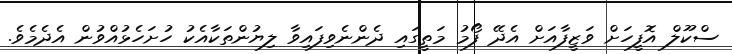
ސްކޫލް އޮފީހަށް ވަޒީފާއަށް އެދޭ ފޯމު މަތީގައި ދެންނެވިފައިވާ ލިޔުންތަކާއެކު ހުށަހެޅުއްވުން އެދެމެވެ.